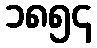
၁၈၅၄